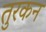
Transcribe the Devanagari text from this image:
तुरकन